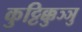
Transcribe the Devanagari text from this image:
कुट्टिक्कुञ्ञु